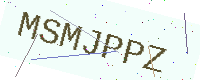
Text: MSMJPPZ